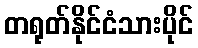
တရုတ်နိုင်ငံသားပိုင်